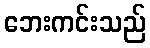
ဘေးကင်းသည်